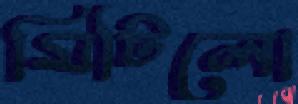
মিটিলো